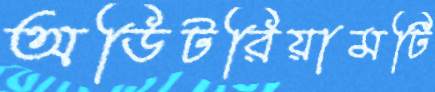
অডিটরিয়ামটি